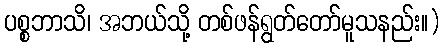
ပစ္စဘာသိ၊ အဘယ်သို့ တစ်ဖန်ရွတ်တော်မူသနည်း။)